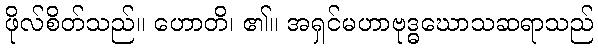
ဖိုလ်စိတ်သည်။ ဟောတိ၊ ၏။ အရှင်မဟာဗုဒ္ဓဃောသဆရာသည်